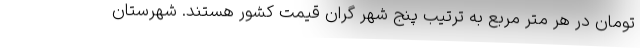
تومان در هر متر مربع به ترتیب پنج شهر گران قیمت کشور هستند. شهرستان